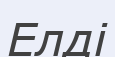
Елді